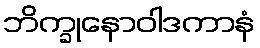
ဘိက္ခုနောဝါဒကာနံ